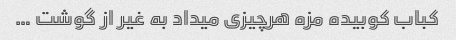
کباب کوبیده مزه هرچیزی میداد به غیر از گوشت …